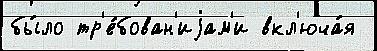
бы́ло тр'е́бован'иjам'и вкл'юча́я